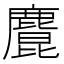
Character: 𪋆